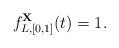
LaTeX: \begin{align*}f^\mathbf{X}_{L,[0,1]}(t)=1.\end{align*}